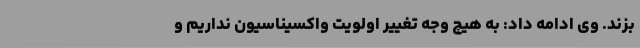
بزند. وی ادامه داد: به هیچ وجه تغییر اولویت واکسیناسیون نداریم و